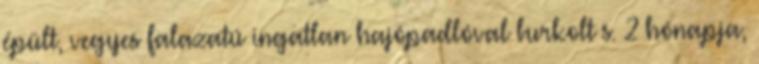
épült, vegyes falazatú ingatlan hajópadlóval burkolt s. 2 hónapja,